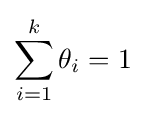
\sum _{i=1}^{k}\theta _{i}=1